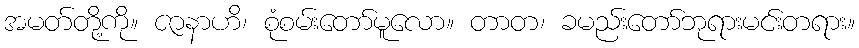
အမတ်တို့ကို။ ဇာနာဟိ၊ စုံစမ်းတော်မူလော။ တာတ၊ ခမည်းတော်ဘုရားမင်းတရား။